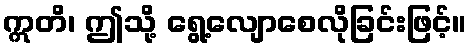
ဣတိ၊ ဤသို့ ရွေ့လျောစေလိုခြင်းဖြင့်။